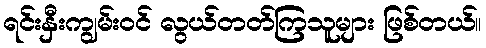
ရင်းနှီးကျွမ်းဝင် လွယ်တတ်ကြသူများ ဖြစ်တယ်။